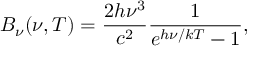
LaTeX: B _ { \nu } ( \nu , T ) = { \frac { 2 h \nu ^ { 3 } } { c ^ { 2 } } } { \frac { 1 } { e ^ { h \nu / k T } - 1 } } ,